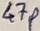
Text: 47P